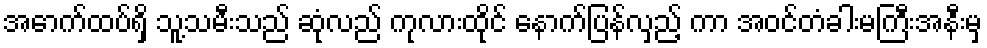
အောက်ထပ်ရှိ သူ့သမီးသည် ဆုံလည် ကုလားထိုင် နောက်ပြန်လှည့် ကာ အဝင်တံခါးမကြီးအနီးမှ